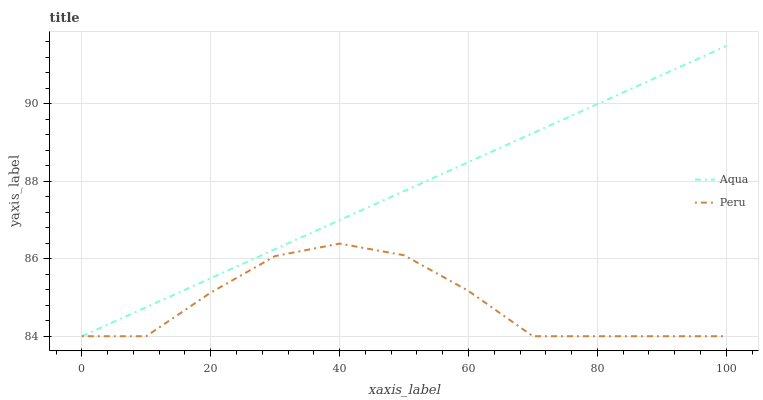
| xaxis_label | Aqua | Peru |
 | --- | --- | --- |
 | 0 | 84 | 84 |
 | 10 | 84.7 | 84 |
 | 20 | 85.5 | 85.1 |
 | 30 | 86.2 | 86.1 |
 | 40 | 87 | 86.4 |
 | 50 | 87.7 | 86.1 |
 | 60 | 88.5 | 85.2 |
 | 70 | 89.2 | 84 |
 | 80 | 90 | 84 |
 | 90 | 90.7 | 84 |
 | 100 | 91.5 | 84 |